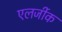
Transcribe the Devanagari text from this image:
एलर्जीक